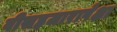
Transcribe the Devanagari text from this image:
वीसहजारापेक्षा